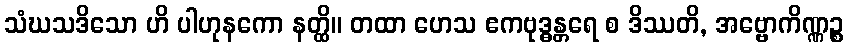
သံဃသဒိသော ဟိ ပါဟုနကော နတ္ထိ။ တထာ ဟေသ ဧကဗုဒ္ဓန္တရေ စ ဒိဿတိ, အဗ္ဗောကိဏ္ဏဉ္စ